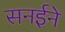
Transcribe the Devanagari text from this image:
सनईने